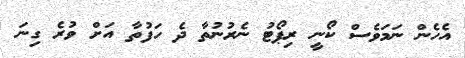
އެހެން ނަމަވެސް ކޯނީ ރިޕޯޓު ނެރުނުތާ ދެ ހަފުތާ އަށް ވުރެ ގިނަ